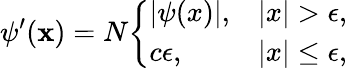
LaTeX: \psi^{\prime}(\mathbf{x})=N{\left\{ \begin{array}{ll}{|\psi(x)|,}&{|x|>\epsilon,}\\ {c\epsilon,}&{|x|\leq\epsilon,}\end{array}\right.}